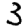
Digit: 3